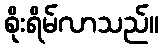
စိုးရိမ်လာသည်။